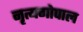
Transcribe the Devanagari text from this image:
नृत्यगोपाल